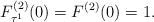
\begin{align*}F_{\tau^1}^{(2)}(0)=F^{(2)}(0)=1.\end{align*}